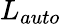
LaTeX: L_{auto}